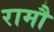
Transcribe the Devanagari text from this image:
रामौ